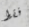
فقط